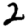
Digit: 2